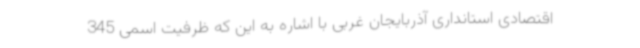
اقتصادی استانداری آذربایجان غربی با اشاره به این که ظرفیت اسمی 345